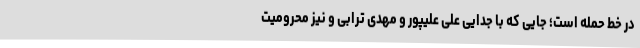
در خط حمله است؛ جایی که با جدایی علی علیپور و مهدی ترابی و نیز محرومیت